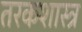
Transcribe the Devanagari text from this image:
तरकशास्त्र